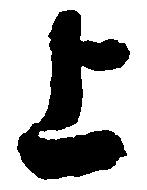
上